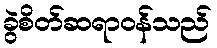
ခွဲစိတ်ဆရာဝန်သည်